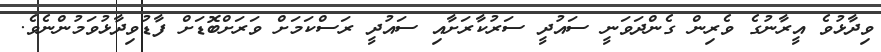
ވިދާޅުވެ އީރާނުގެ ވެރިން ގެންދަވަނީ ސައުދީ ސަރުކާރަށާއި ސައުދީ ރަސްކަމަށް ވަރަށްބޮޑަށް ފާޑުވިދާޅުވަމުންނެވެ.